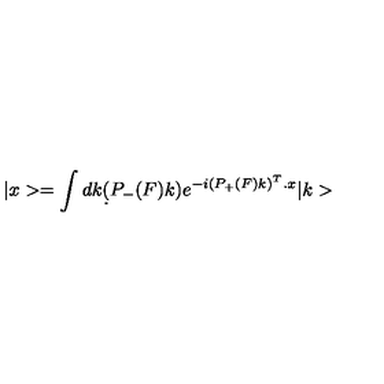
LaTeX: | x > = \int d k \d ( P _ { - } ( F ) k ) e ^ { - i ( P _ { + } ( F ) k ) ^ { T } . x } | k >